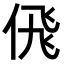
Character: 𬾘